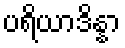
ပရိယာဒိန္နာ